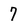
Character: 7